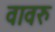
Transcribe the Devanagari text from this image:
वावरु